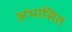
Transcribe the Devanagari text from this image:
अभासित